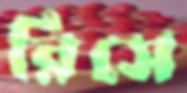
রিসে